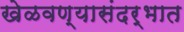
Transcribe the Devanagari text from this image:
खेळवण्यासंदर्भात